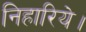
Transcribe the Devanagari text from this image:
निहारिये।